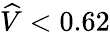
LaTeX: \widehat{V}<0.62